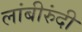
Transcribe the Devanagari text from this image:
लांबीरुंदी